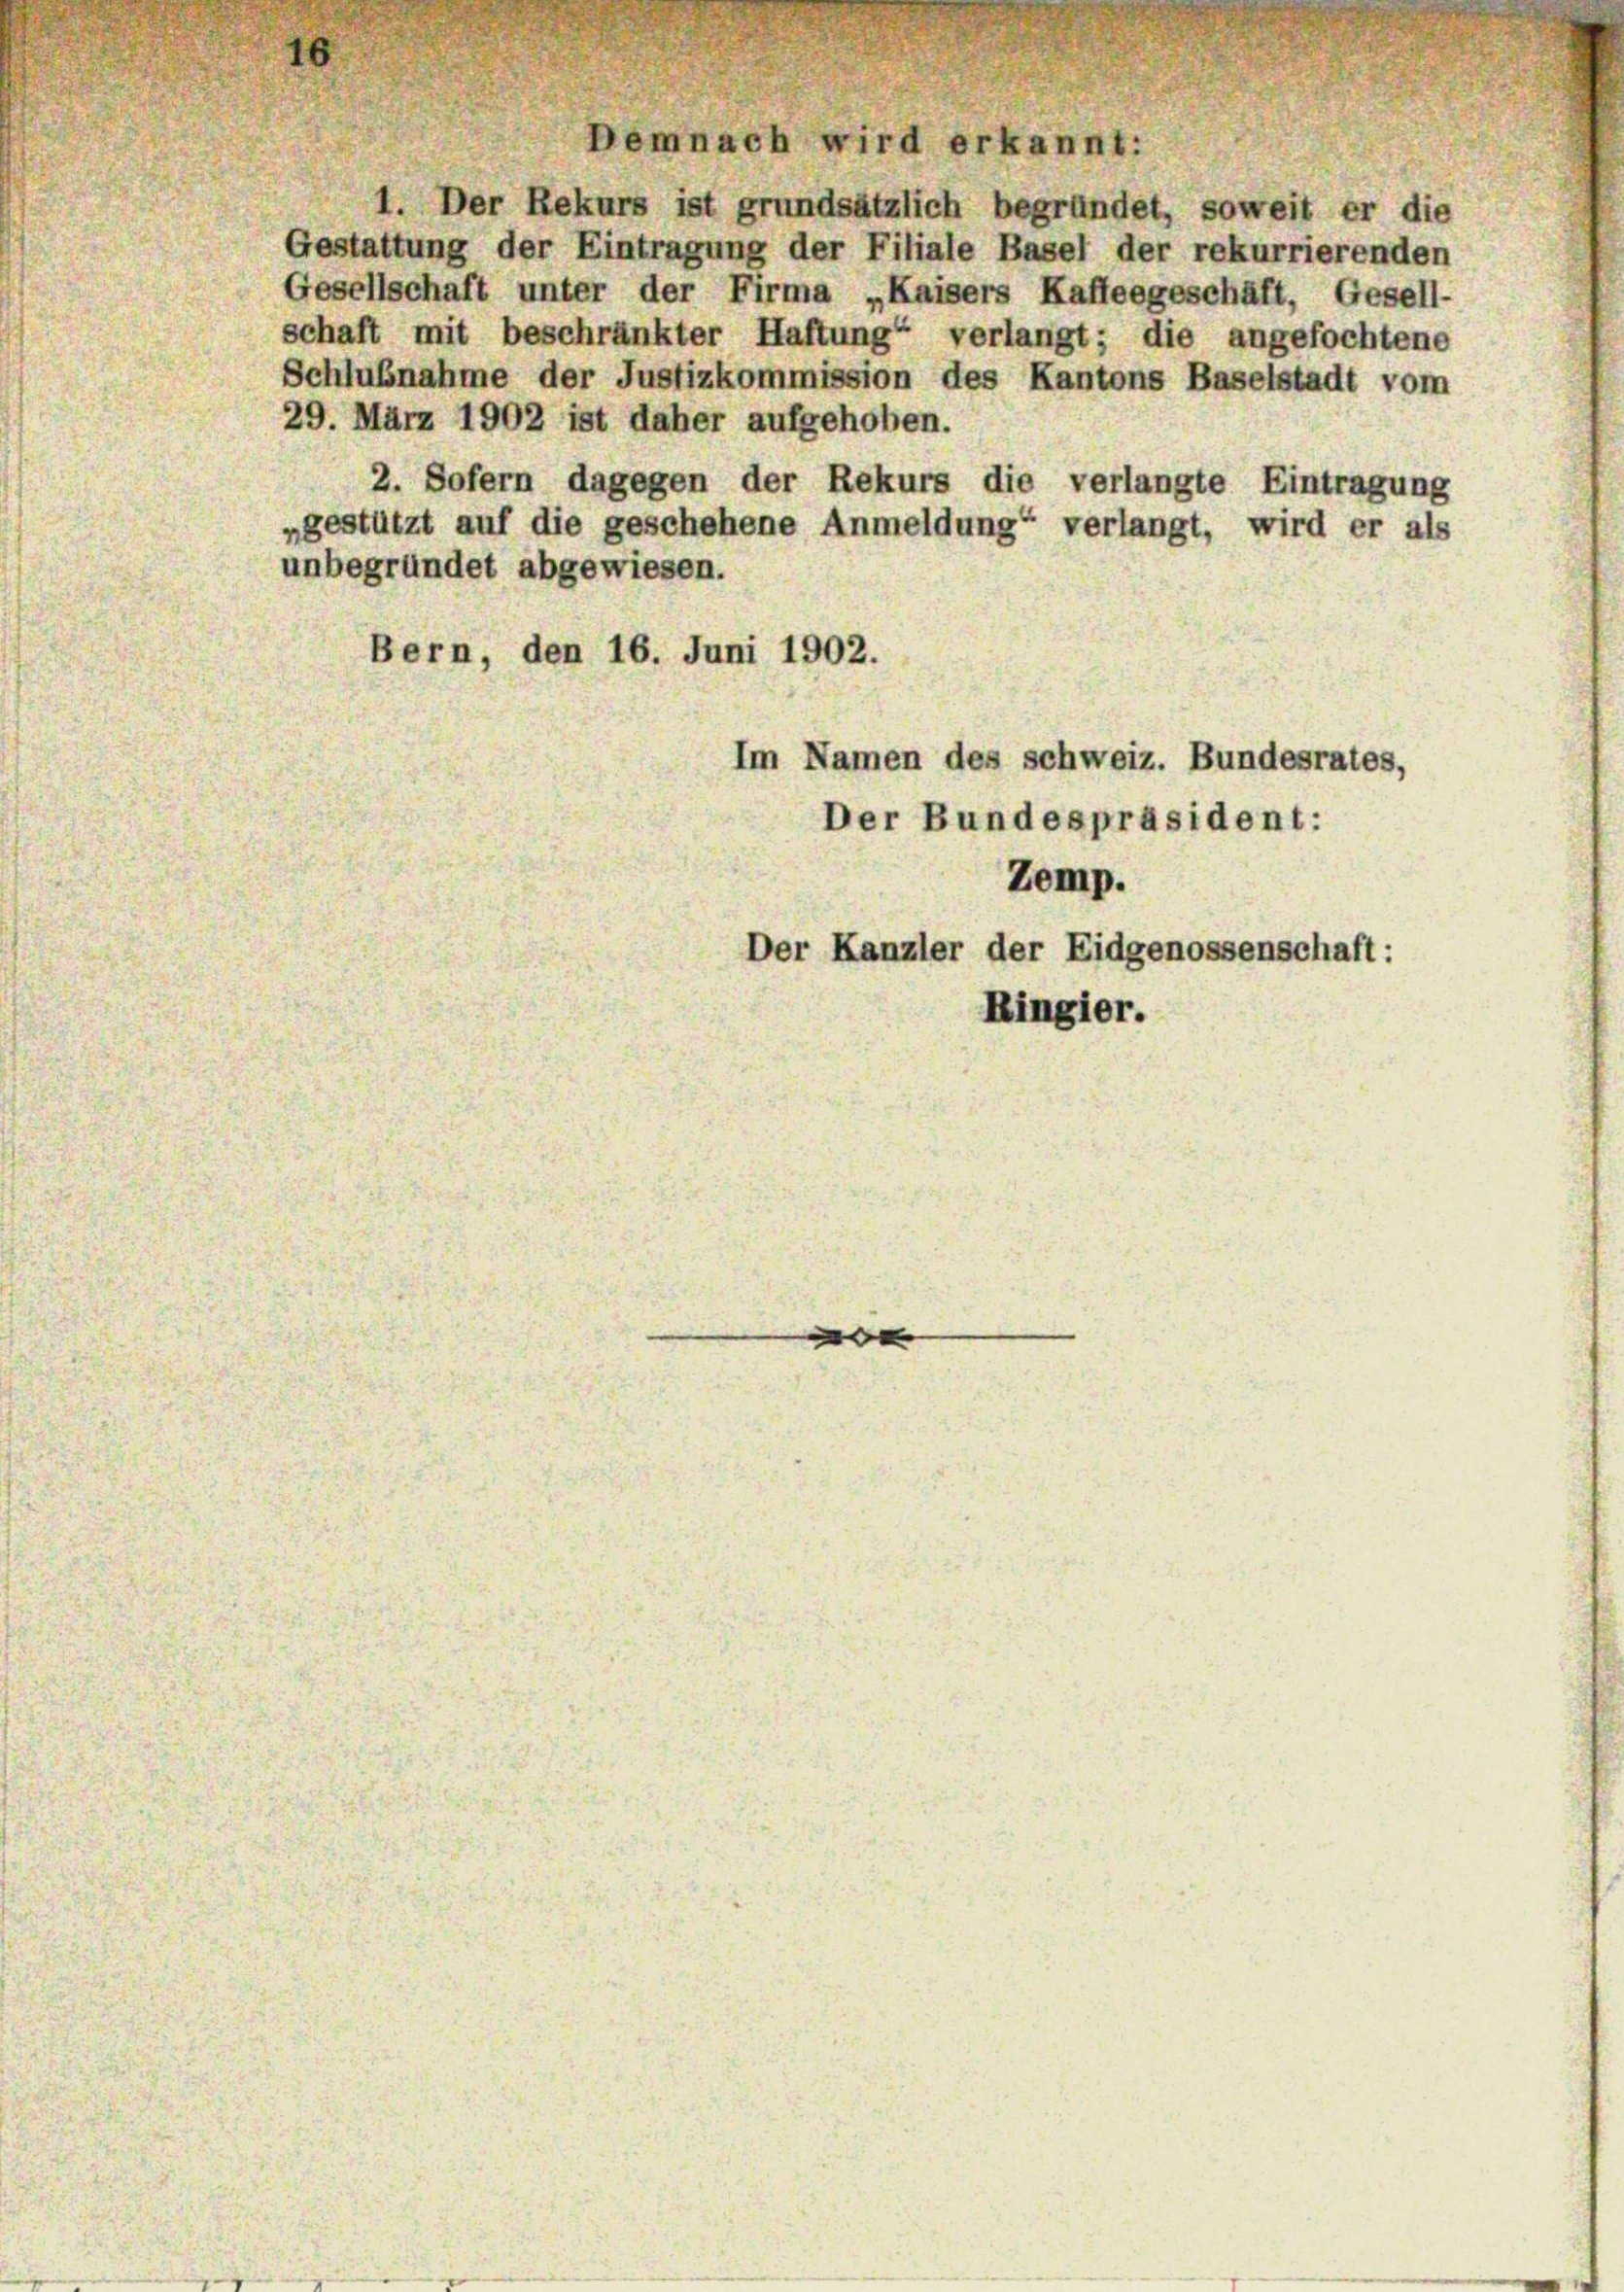
1. Der Rekurs ist grundsätzlich begründet, soweit er die
Gestattung der Eintragung der Filiale Basel der rekurrierenden
Gesellschaft unter der Firma „Kaisers Kaffeegeschäft, Gesell-
schaft mit beschränkter Haftung“ verlangt; die angefochtene
Schlußnahme der Justizkommission des Kantons Baselstadt vom
29. März 1902 ist daher aufgehoben.
2. Sofern dagegen der Rekurs die verlangte Eintragung
„gestützt auf die geschehene Anmeldung“ verlangt, wird er als
unbegründet abgewiesen.
Bern, den 16. Juni 1902.
Im Namen des Schweiz. Bundesrates,
Der Bundespräsident:
Zemp.
Der Kanzler der Eidgenossenschaft:
Ringier.

emnach wird erkannt: